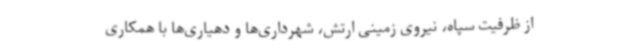
از ظرفیت سپاه، نیروی زمینی ارتش، شهرداری‌ها و دهیاری‌ها با همکاری